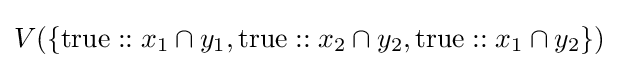
V(\{{\text{true}}::x_{1}\cap y_{1},{\text{true}}::x_{2}\cap y_{2},{\text{true}}::x_{1}\cap y_{2}\})